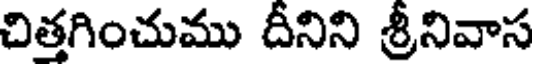
చిత్తగించుము దీనిని శ్రీనివాస